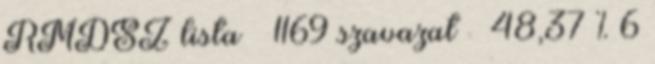
RMDSZ lista – 1169 szavazat 48,37 % 6